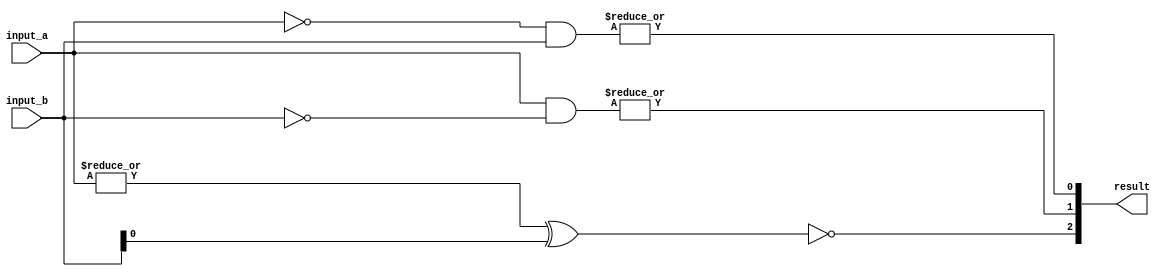
module four_bit_comparator (
    input [3:0] input_a,
    input [3:0] input_b,
    output [2:0] result
);

assign result[2] = ~(|input_a ^ input_b);
assign result[1] = |(input_a & ~input_b);
assign result[0] = |(~input_a & input_b);

endmodule